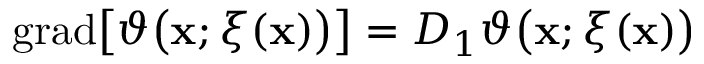
\begin{array} { r } { \mathrm { g r a d } \big [ \vartheta \big ( \mathbf { x } ; \xi ( \mathbf { x } ) \big ) \big ] = D _ { 1 } \vartheta \big ( \mathbf { x } ; \xi ( \mathbf { x } ) \big ) } \end{array}